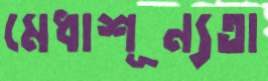
মেধাশূন্যতা